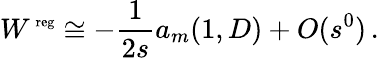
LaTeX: W^{\mathrm{\scriptsize~reg}}\cong-\frac 1{2s}a_{m}(1,D)+O(s^{0})\, .